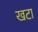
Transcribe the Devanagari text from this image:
खटा